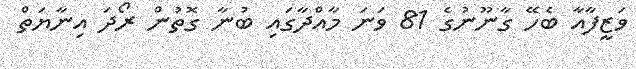
ވަޒީފާއާ ބެހޭ ގާނޫނުގެ 81 ވަނަ މާއްދާގައި ބުނާ ގޮތުން ރޯދަ އިނާޔަތް